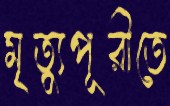
মৃত্যুপূরীতে